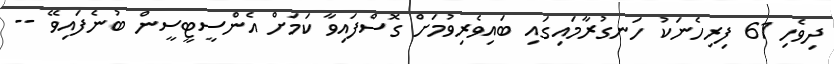
ދިވެހި 61 ފިރިހެނަކު ހަނގުރާމައިގައި ބައިވެރިވުމަށް ގޮސްފައިވާ ކަމަށް އެންސީޓީސީން ބުނެފައިވޭ --